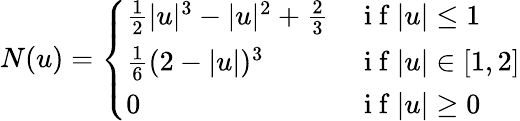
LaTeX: N(u)=\left\{ \begin{array}{ll}{\frac{1}{2}|u|^{3}-|u|^{2}+\frac{2}{3}}&{\mathrm{~i~f~}|u|\leq 1}\\ {\frac{1}{6}(2-|u|)^{3}}&{\mathrm{~i~f~}|u|\in[1,2]}\\ {0}&{\mathrm{~i~f~}|u|\geq 0}\end{array}\right.